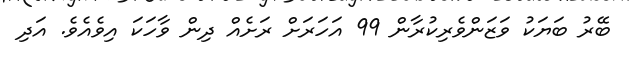
ބޭރު ބަޔަކު ވަޒަންވެރިކުރާން 99 އަހަރަށް ރަށެއް ދިން ވާހަކަ އިވެއެވެ. އަދި